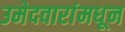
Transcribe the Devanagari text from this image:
उमेदवारांमधून